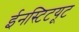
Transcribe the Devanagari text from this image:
ईनस्टिटयूट